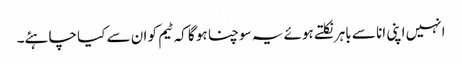
انہیں اپنی انا سے باہر نکلتے ہوئے یہ سوچنا ہو گا کہ ٹیم کو ان سے کیا چاہئے۔